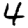
Digit: 4